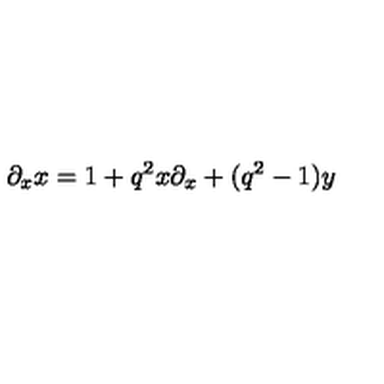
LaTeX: \partial _ { x } x = 1 + q ^ { 2 } x \partial _ { x } + ( q ^ { 2 } - 1 ) y \,